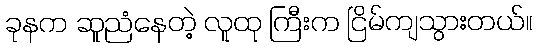
ခုနက ဆူညံနေတဲ့ လူထု ကြီးက ငြိမ်ကျသွားတယ်။